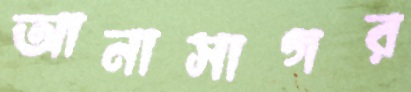
আনাসাগর